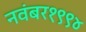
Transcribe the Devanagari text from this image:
नवंबर१९९४